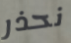
نحذر